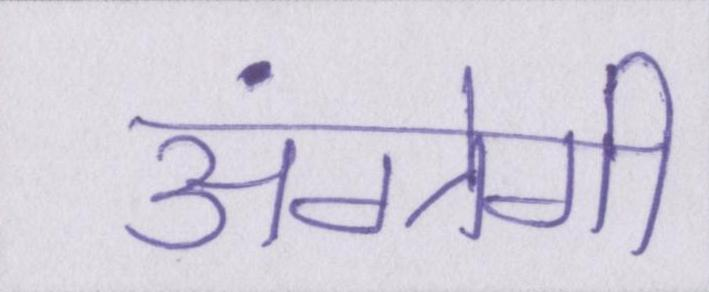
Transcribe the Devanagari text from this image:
अंग्रेगी